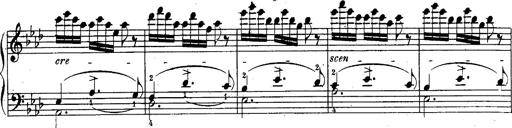
Title: Schubert's Impromptus [revised and edited by Franz Liszt]
Composer: Franz Liszt